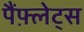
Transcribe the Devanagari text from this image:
पैंफ़्लेट्स